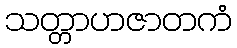
သတ္တာဟဇာတကံ